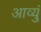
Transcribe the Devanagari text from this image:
आव्युं